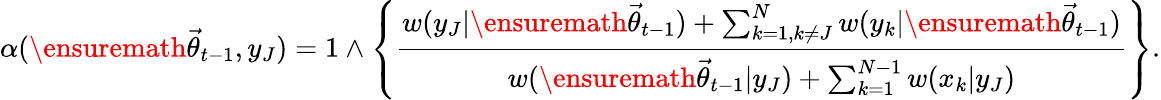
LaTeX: \alpha(\ensuremath{\vec{\theta}}_{t-1},y_{J})=1\wedge\left\{ \frac{w(y_{J}|\ensuremath{\vec{\theta}}_{t-1})+\sum_{k=1,k\neq J}^{N}w(y_{k}|\ensuremath{\vec{\theta}}_{t-1})}{w(\ensuremath{\vec{\theta}}_{t-1}|y_{J})+\sum_{k=1}^{N-1}w(x_{k}|y_{J})}\right\} .